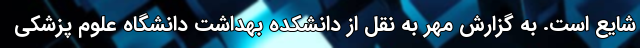
شایع است. به گزارش مهر به نقل از دانشکده بهداشت دانشگاه علوم پزشکی